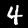
Label: 4